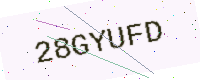
Text: 28GYUFD